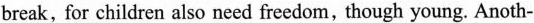
break,for children also need freedom, though young. Anoth-